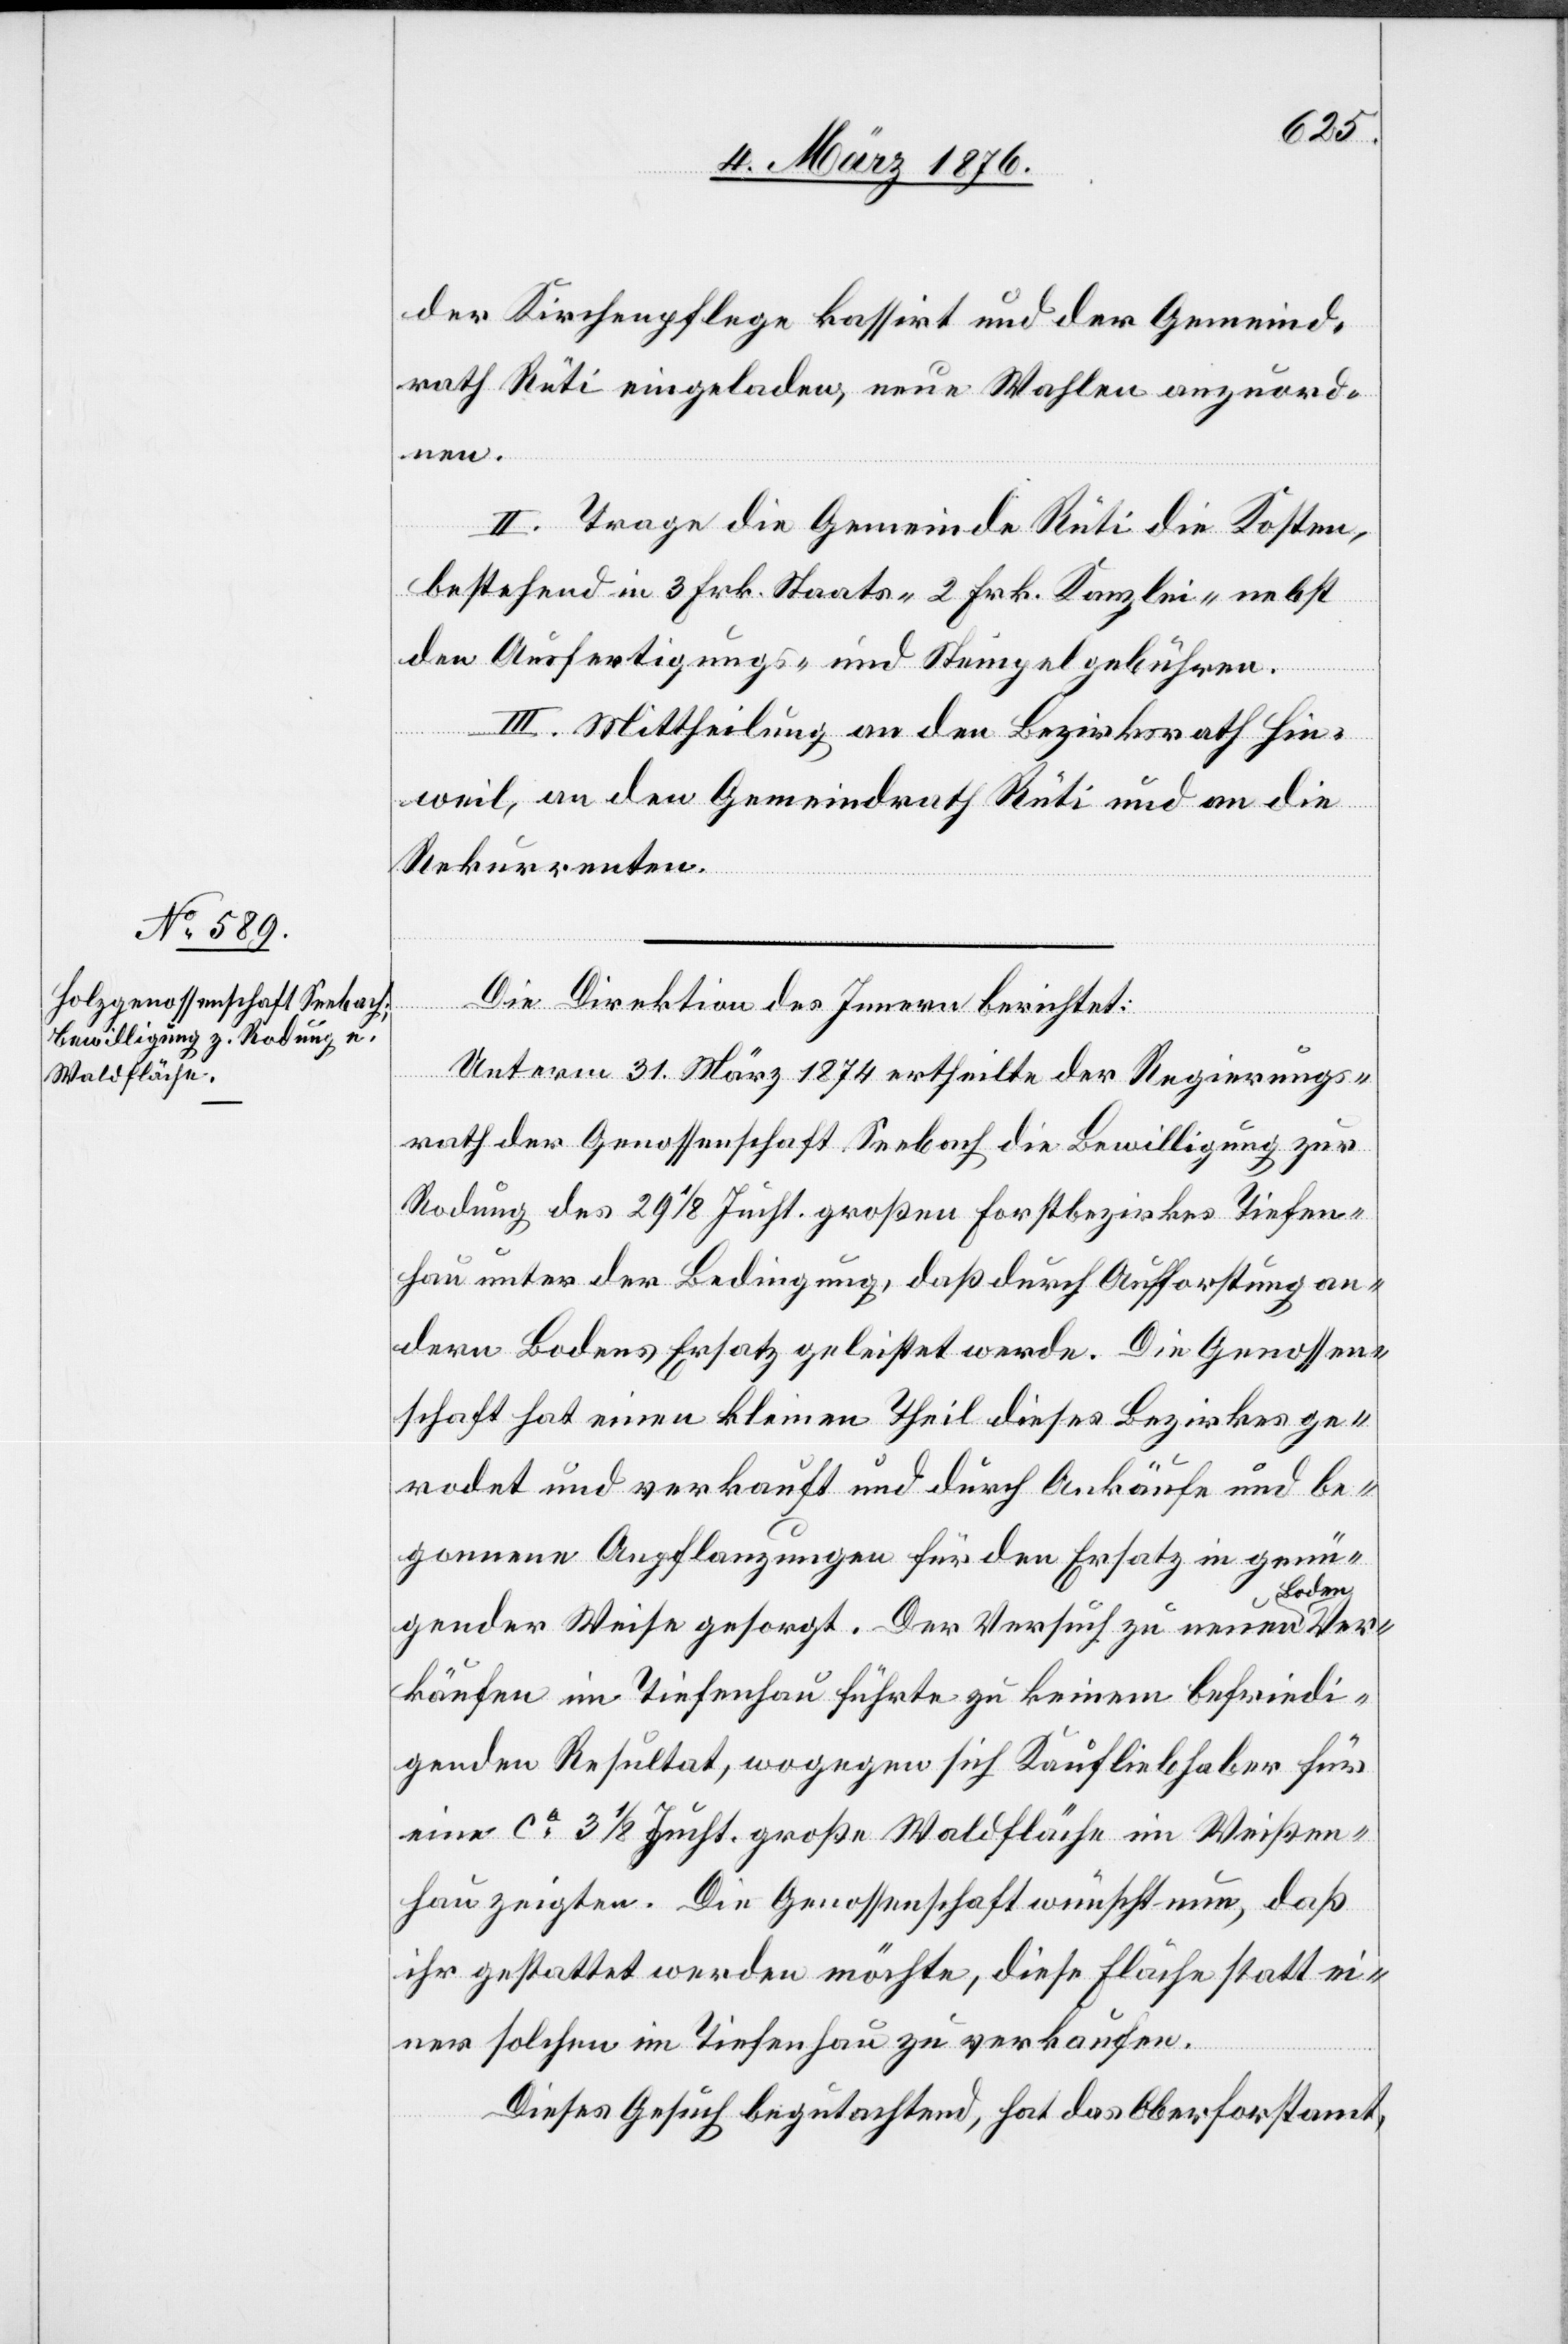
der Kirchenpflege kassirt und der Gemeind¬
rath Rüti eingeladen, neue Wahlen anzuord¬
Ver¬
II. Trage die Gemeinde Rüti die Kosten,
bestehend in 3 Frk. Staats- 2 Frk. Kanzlei- nebst
den Ausfertigungs- und Stempelgebühren.
III. Mittheilung an den Bezirksrath Hin¬
weil, an den Gemeindrath Rüti und an die
Rekurrenten.
Die Direktion des Innern berichtet:
Unterm 31. März 1874 ertheilte der Regierungs¬
rath der Genossenschaft Seebach die Bewilligung zur
Rodung des 29 1/8 Jucht. großen Forstbezirkes Tiefen¬
hau unter der Bedingung, daß durch Aufforstung an¬
dern Bodens Ersatz geleistet werde. Die Genossen¬
schaft hat einen kleinen Theil dieses Bezirkes ge¬
rodet und verkauft und durch Ankäufe und be¬
gonnene Anpflanzungen für den Ersatz in genü¬
oden
gender Weise gesorgt. Der Versuch zu neuen B¬
käufen in Tiefenhau führte zu keinem befriedi¬
genden Resultat, wogegen sich Kaufliebhaber für
eine ca 3 1/8 Jucht. große Waldfläche im Weißen¬
hau zeigten. Die Genossenschaft wünscht nun, daß
ihr gestattet werden möchte, diese Fläche statt ei¬
ner solchen im Tiefenhau zu verkaufen.
Dieses Gesuch begutachtend, hat das Oberforstamt,